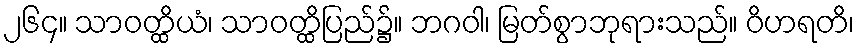
၂၆၄။ သာဝတ္ထိယံ၊ သာဝတ္ထိပြည်၌။ ဘဂဝါ၊ မြတ်စွာဘုရားသည်။ ဝိဟရတိ၊